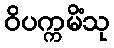
ဝိပက္ကမိံသု